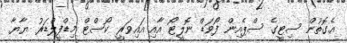
އެގޮތުން ސިޓީގެ ސްޕެއިން ފޯވަޑް ނޮލީޓޯ އާއި އައިވަރީ ކޯސްޓް މިޑްފީލްޑަރު ޔާޔާ